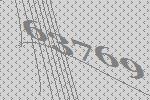
63769